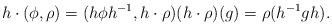
LaTeX: \begin{align*}h \cdot (\phi,\rho) = (h \phi h^{-1},h \cdot \rho) (h\cdot \rho)(g) = \rho (h^{-1} g h) .\end{align*}